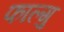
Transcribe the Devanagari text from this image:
फाल्गु